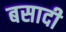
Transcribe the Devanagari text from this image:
बसादी